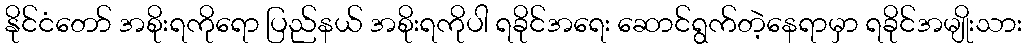
နိုင်ငံတော် အစိုးရကိုရော ပြည်နယ် အစိုးရကိုပါ ရခိုင်အရေး ဆောင်ရွက်တဲ့နေရာမှာ ရခိုင်အမျိုးသား